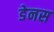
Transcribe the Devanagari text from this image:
डेनस